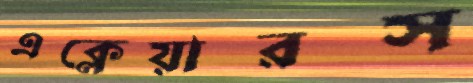
এক্লেয়ারস